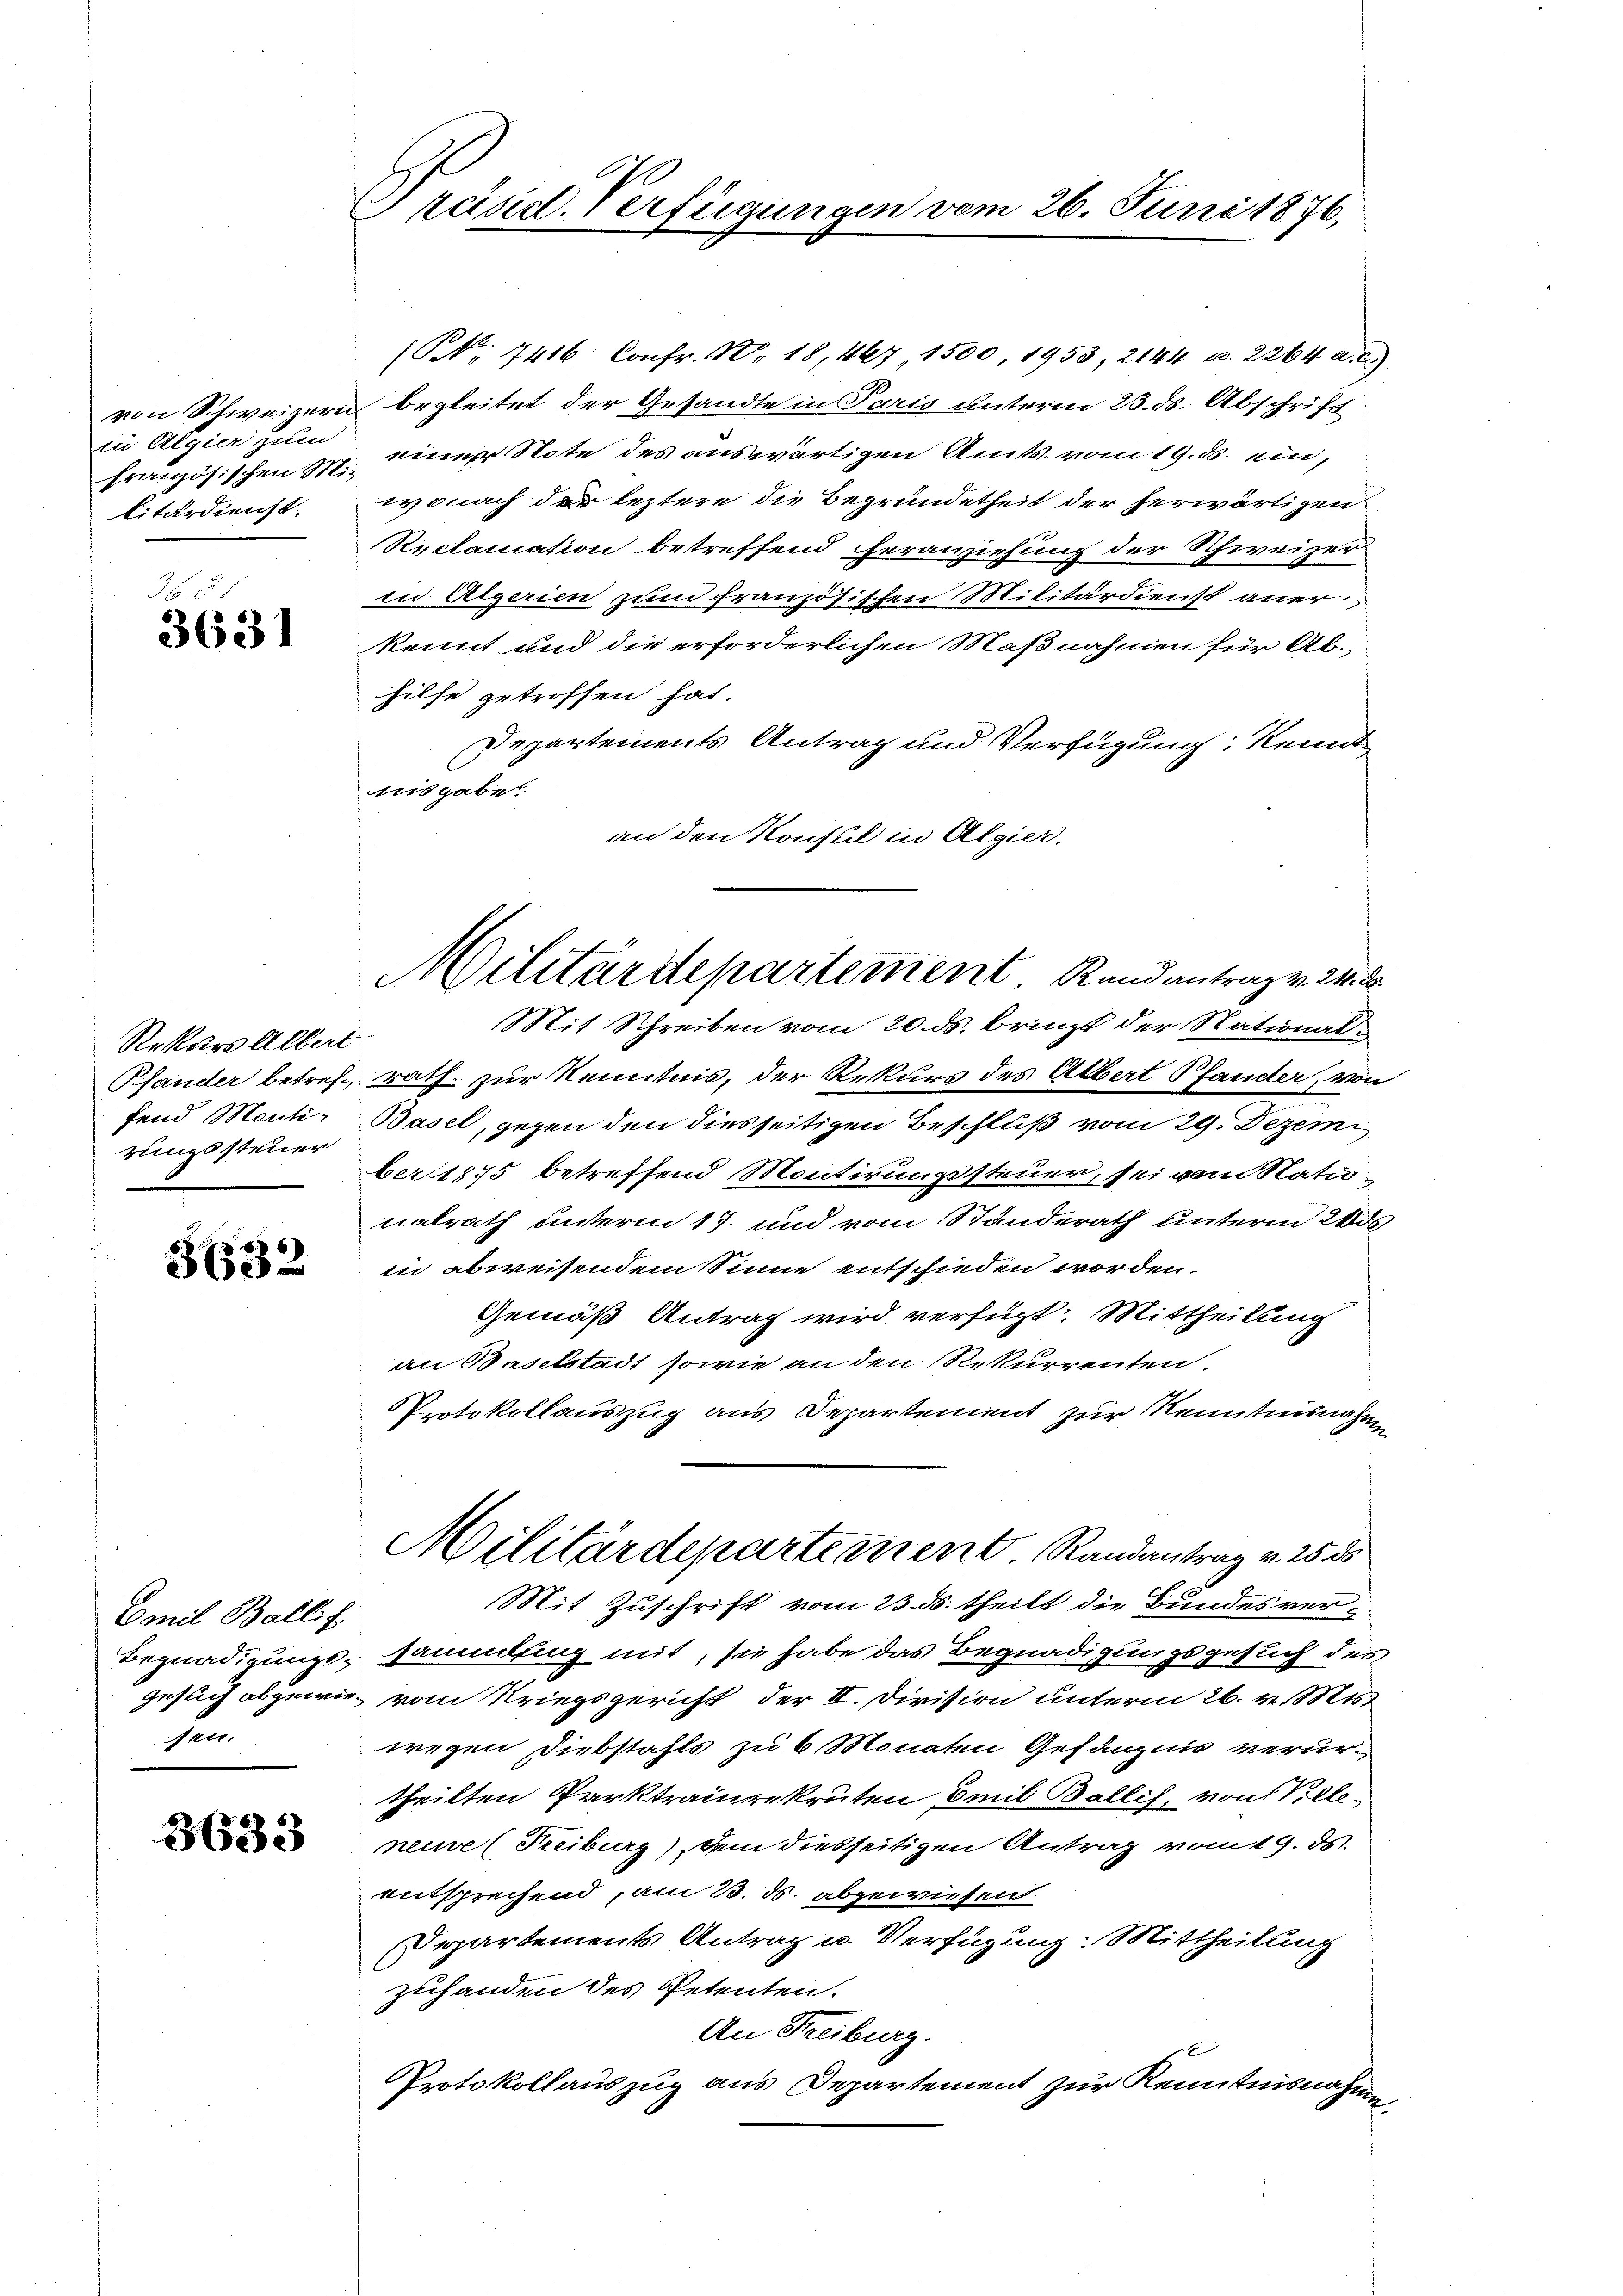
von Schweizern
in Algier zum
französischen Militärdienst.

3681
3631

Rekurs Albert
Pfander betreffend Montirungssteuer

3632

Emil Ballif
Begnadigungsgesuch abgewie¬
Fe

3633

Präsid. Verfügungen vom 26. Juni 1876,

(S. 7416 Confr. N. 18, 467, 1500, 1953, 2144 u. 2264 a. c.)
begleitet der Gesandte in Paris unterm 23. ds. Abschrift
einer Note des auswärtigen Amts vom 19. ds. ein,
wonach der leztere die Begründetheit der herwärtigen
Reclamation betreffend heranziehung der Schweizer
in Algerien zum französischen Militärdienst anerkennt und die erforderlichen Maßnahmen für Alhilfe getroffen hat.
Departements Antrag und Verfügung: Kennt
tiis gabe.
an den Konsul in Algier.

Militärdepartement Rand antrag v. 24. 8
Mit Schreiben vom 20. ds. bringt der National¬

rath zur Kenntnis, der Rekurs des Albert Pfander, von
Basel, gegen den diesseitigen Beschluß vom 29. Dezemi,
ber 1875 betreffend Montirungssteuer, sei vom Statio
nalrath unterm 17. und vom Standerath unterm 20s
in abweisendem Sinne entschieden worden.
Gemäß Antrag wird verfügt: Mittheilung
an Baselstadt sowie an den Rekurrenten.
Protokollauszug aus Departement zur Kenntnisnahmen
Militärdepartement. Randantrag v. 25. ds
Mit Zuschrift vom 23. ds. theilt die Bundesversammlung mit, sie habe das Begnadigungsgesuch des
vom Kriegsgericht der II. Division unterm 26. v. Mts.
wegen Diebstahls zu 6 Monaten Gefängnis verurtheilten Parktrainrekruten Emil Wallis, von Villeneure (Freiburg), dem diesseitigen Antrag vom 19. ds.
entsprechend, am 23. ds. abgewiesen
Departements Antrag u. Verfügung: Mittheilung
zuhanden des Petenten.
An Freiburg.
Protokollauszug aus Departement zur Kenntnisnahme